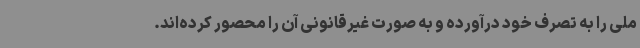
ملی را به تصرف خود درآورده و به صورت غیرقانونی آن را محصور کرده‌اند.